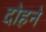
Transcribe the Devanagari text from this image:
दोहने